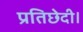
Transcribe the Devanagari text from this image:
प्रतिछेदी।